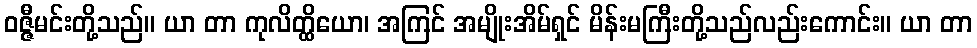
ဝဇ္ဇီမင်းတို့သည်။ ယာ တာ ကုလိတ္ထိယော၊ အကြင် အမျိုးအိမ်ရှင် မိန်းမကြီးတို့သည်လည်းကောင်း။ ယာ တာ